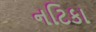
નટિકા